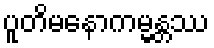
ပူတိမနောကမ္မန္တဿ